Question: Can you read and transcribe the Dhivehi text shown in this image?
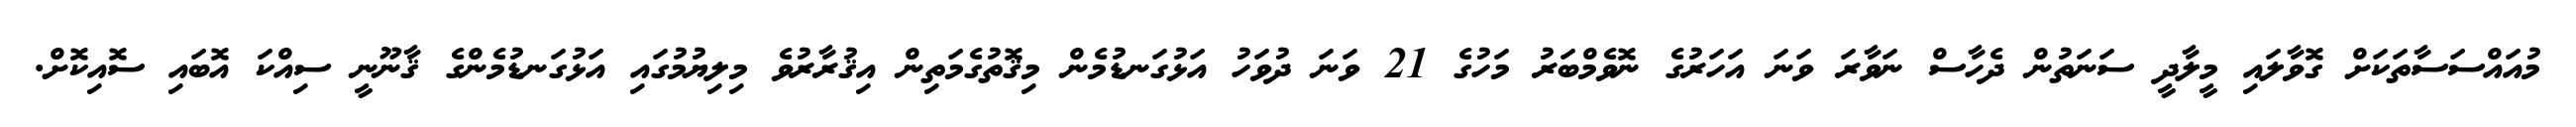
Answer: މުއައްސަސާތަކަށް ގޮވާލައި މީލާދީ ސަނަތުން ދެހާސް ނަވާރަ ވަނަ އަހަރުގެ ނޮވެމްބަރު މަހުގެ 21 ވަނަ ދުވަހު އަޅުގަނޑުމެން މިޤޮތުގެމަތިން އިޤުރާރުވެ މިލިޔުމުގައި އަޅުގަނޑުމެންގެ ޤާނޫނީ ސިއްކަ އޮބައި ސޮއިކޮށް.